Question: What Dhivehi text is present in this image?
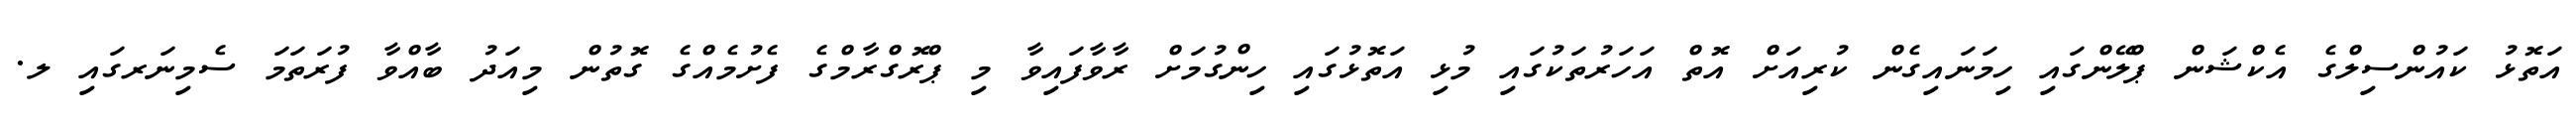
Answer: އަތޮޅު ކައުންސިލްގެ އެކްޝަން ޕްލޭންގައި ހިމަނައިގެން ކުރިއަށް އޮތް އަހަރުތަކުގައި މުޅި އަތޮޅުގައި ހިންގުމަށް ރާވާފައިވާ މި ޕްރޮގްރާމްގެ ފެށުމެއްގެ ގޮތުން މިއަދު ބާއްވާ ފުރަތަމަ ސެމިނަރގައި ލ.